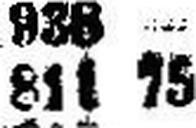
811 75